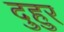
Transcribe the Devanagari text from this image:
दुहुर